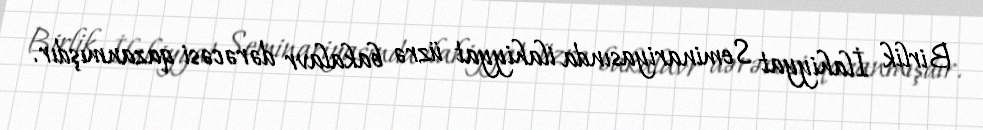
Birlik İlahiyyat Seminariyasında ilahiyyat üzrə bakalavr dərəcəsi qazanmışdır.